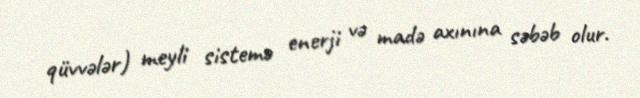
qüvvələr) meyli sistemə enerji və madə axınına səbəb olur.